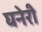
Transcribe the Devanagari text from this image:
घनेरी